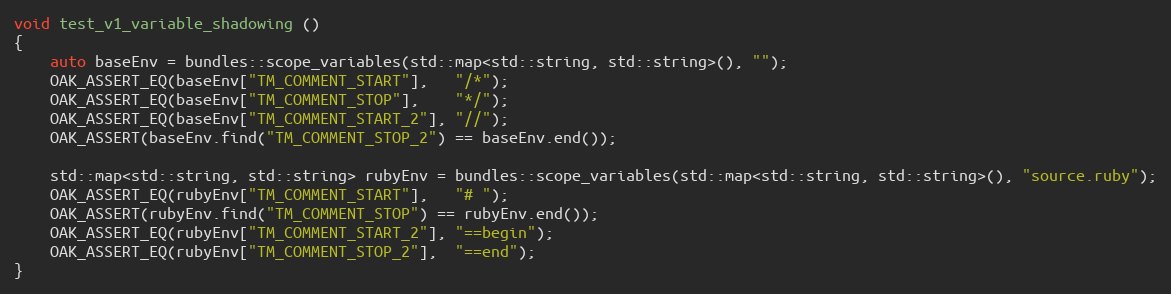
Language: C++
void test_v1_variable_shadowing ()
{
	auto baseEnv = bundles::scope_variables(std::map<std::string, std::string>(), "");
	OAK_ASSERT_EQ(baseEnv["TM_COMMENT_START"],   "/*");
	OAK_ASSERT_EQ(baseEnv["TM_COMMENT_STOP"],    "*/");
	OAK_ASSERT_EQ(baseEnv["TM_COMMENT_START_2"], "//");
	OAK_ASSERT(baseEnv.find("TM_COMMENT_STOP_2") == baseEnv.end());

	std::map<std::string, std::string> rubyEnv = bundles::scope_variables(std::map<std::string, std::string>(), "source.ruby");
	OAK_ASSERT_EQ(rubyEnv["TM_COMMENT_START"],   "# ");
	OAK_ASSERT(rubyEnv.find("TM_COMMENT_STOP") == rubyEnv.end());
	OAK_ASSERT_EQ(rubyEnv["TM_COMMENT_START_2"], "==begin");
	OAK_ASSERT_EQ(rubyEnv["TM_COMMENT_STOP_2"],  "==end");
}